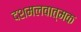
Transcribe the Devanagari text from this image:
दशमलवात्मक